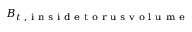
\boldsymbol { B _ { t \mathrm { ~ , ~ i ~ n ~ s ~ i ~ d ~ e ~ t ~ o ~ r ~ u ~ s ~ v ~ o ~ l ~ u ~ m ~ e ~ } } }